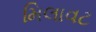
મિલાવટ